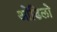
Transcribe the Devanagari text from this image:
ओडिलो